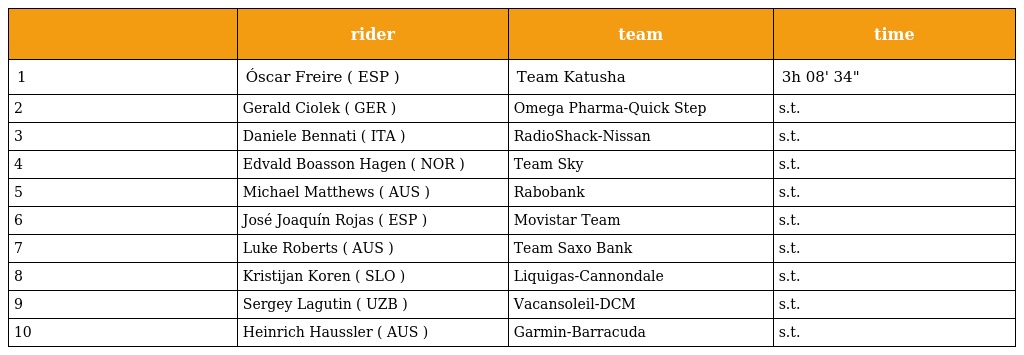
|  | rider | team | time |
 | --- | --- | --- | --- |
 | 1 | Óscar Freire ( ESP ) | Team Katusha | 3h 08' 34" |
 | 2 | Gerald Ciolek ( GER ) | Omega Pharma-Quick Step | s.t. |
 | 3 | Daniele Bennati ( ITA ) | RadioShack-Nissan | s.t. |
 | 4 | Edvald Boasson Hagen ( NOR ) | Team Sky | s.t. |
 | 5 | Michael Matthews ( AUS ) | Rabobank | s.t. |
 | 6 | José Joaquín Rojas ( ESP ) | Movistar Team | s.t. |
 | 7 | Luke Roberts ( AUS ) | Team Saxo Bank | s.t. |
 | 8 | Kristijan Koren ( SLO ) | Liquigas-Cannondale | s.t. |
 | 9 | Sergey Lagutin ( UZB ) | Vacansoleil-DCM | s.t. |
 | 10 | Heinrich Haussler ( AUS ) | Garmin-Barracuda | s.t. |